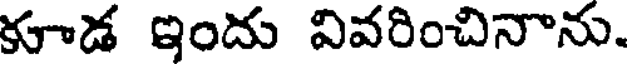
కూడ ఇందు వివరించినాను.